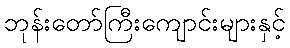
ဘုန်းတော်ကြီးကျောင်းများနှင့်